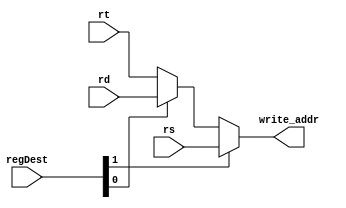
`timescale 1ns / 1ps
//////////////////////////////////////////////////////////////////////////////////
// Company: 
// Engineer: 
// 
// Design Name: 
// Module Name:    Reg_Dest_Mux 
// Project Name: 
// Target Devices: 
// Tool versions: 
// Description: 
//
// Dependencies: 
//
// Revision: 
// Revision 0.01 - File Created
// Additional Comments: 
//
//////////////////////////////////////////////////////////////////////////////////
module Reg_Dest_Mux(rs,rt,rd,write_addr,regDest
    );


	input [1:0] regDest;
	input [2:0] rs,rt,rd;
	output reg [2:0] write_addr;
	
	always@(*) begin
		if(regDest[1] == 'd1) begin
			write_addr = rs;
		end
		else begin
			if(regDest[0] == 'd1)
				write_addr = rd;
			else
				write_addr = rt;
		end
	end
			
endmodule